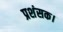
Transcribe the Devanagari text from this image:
प्रशंसक।